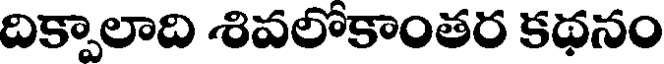
దిక్పాలాది శివలోకాంతర కథనం